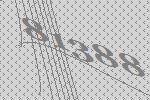
81388